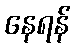
နေရန်